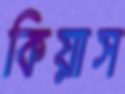
কিয়াস